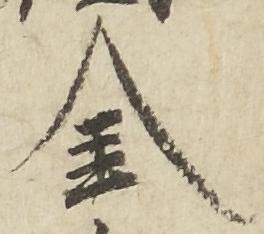
金